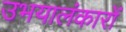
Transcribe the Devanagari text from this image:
उभयालंकारों